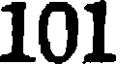
101